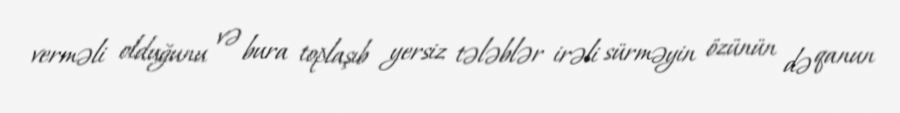
verməli olduğunu və bura toplaşıb yersiz tələblər irəli sürməyin özünün də qanun